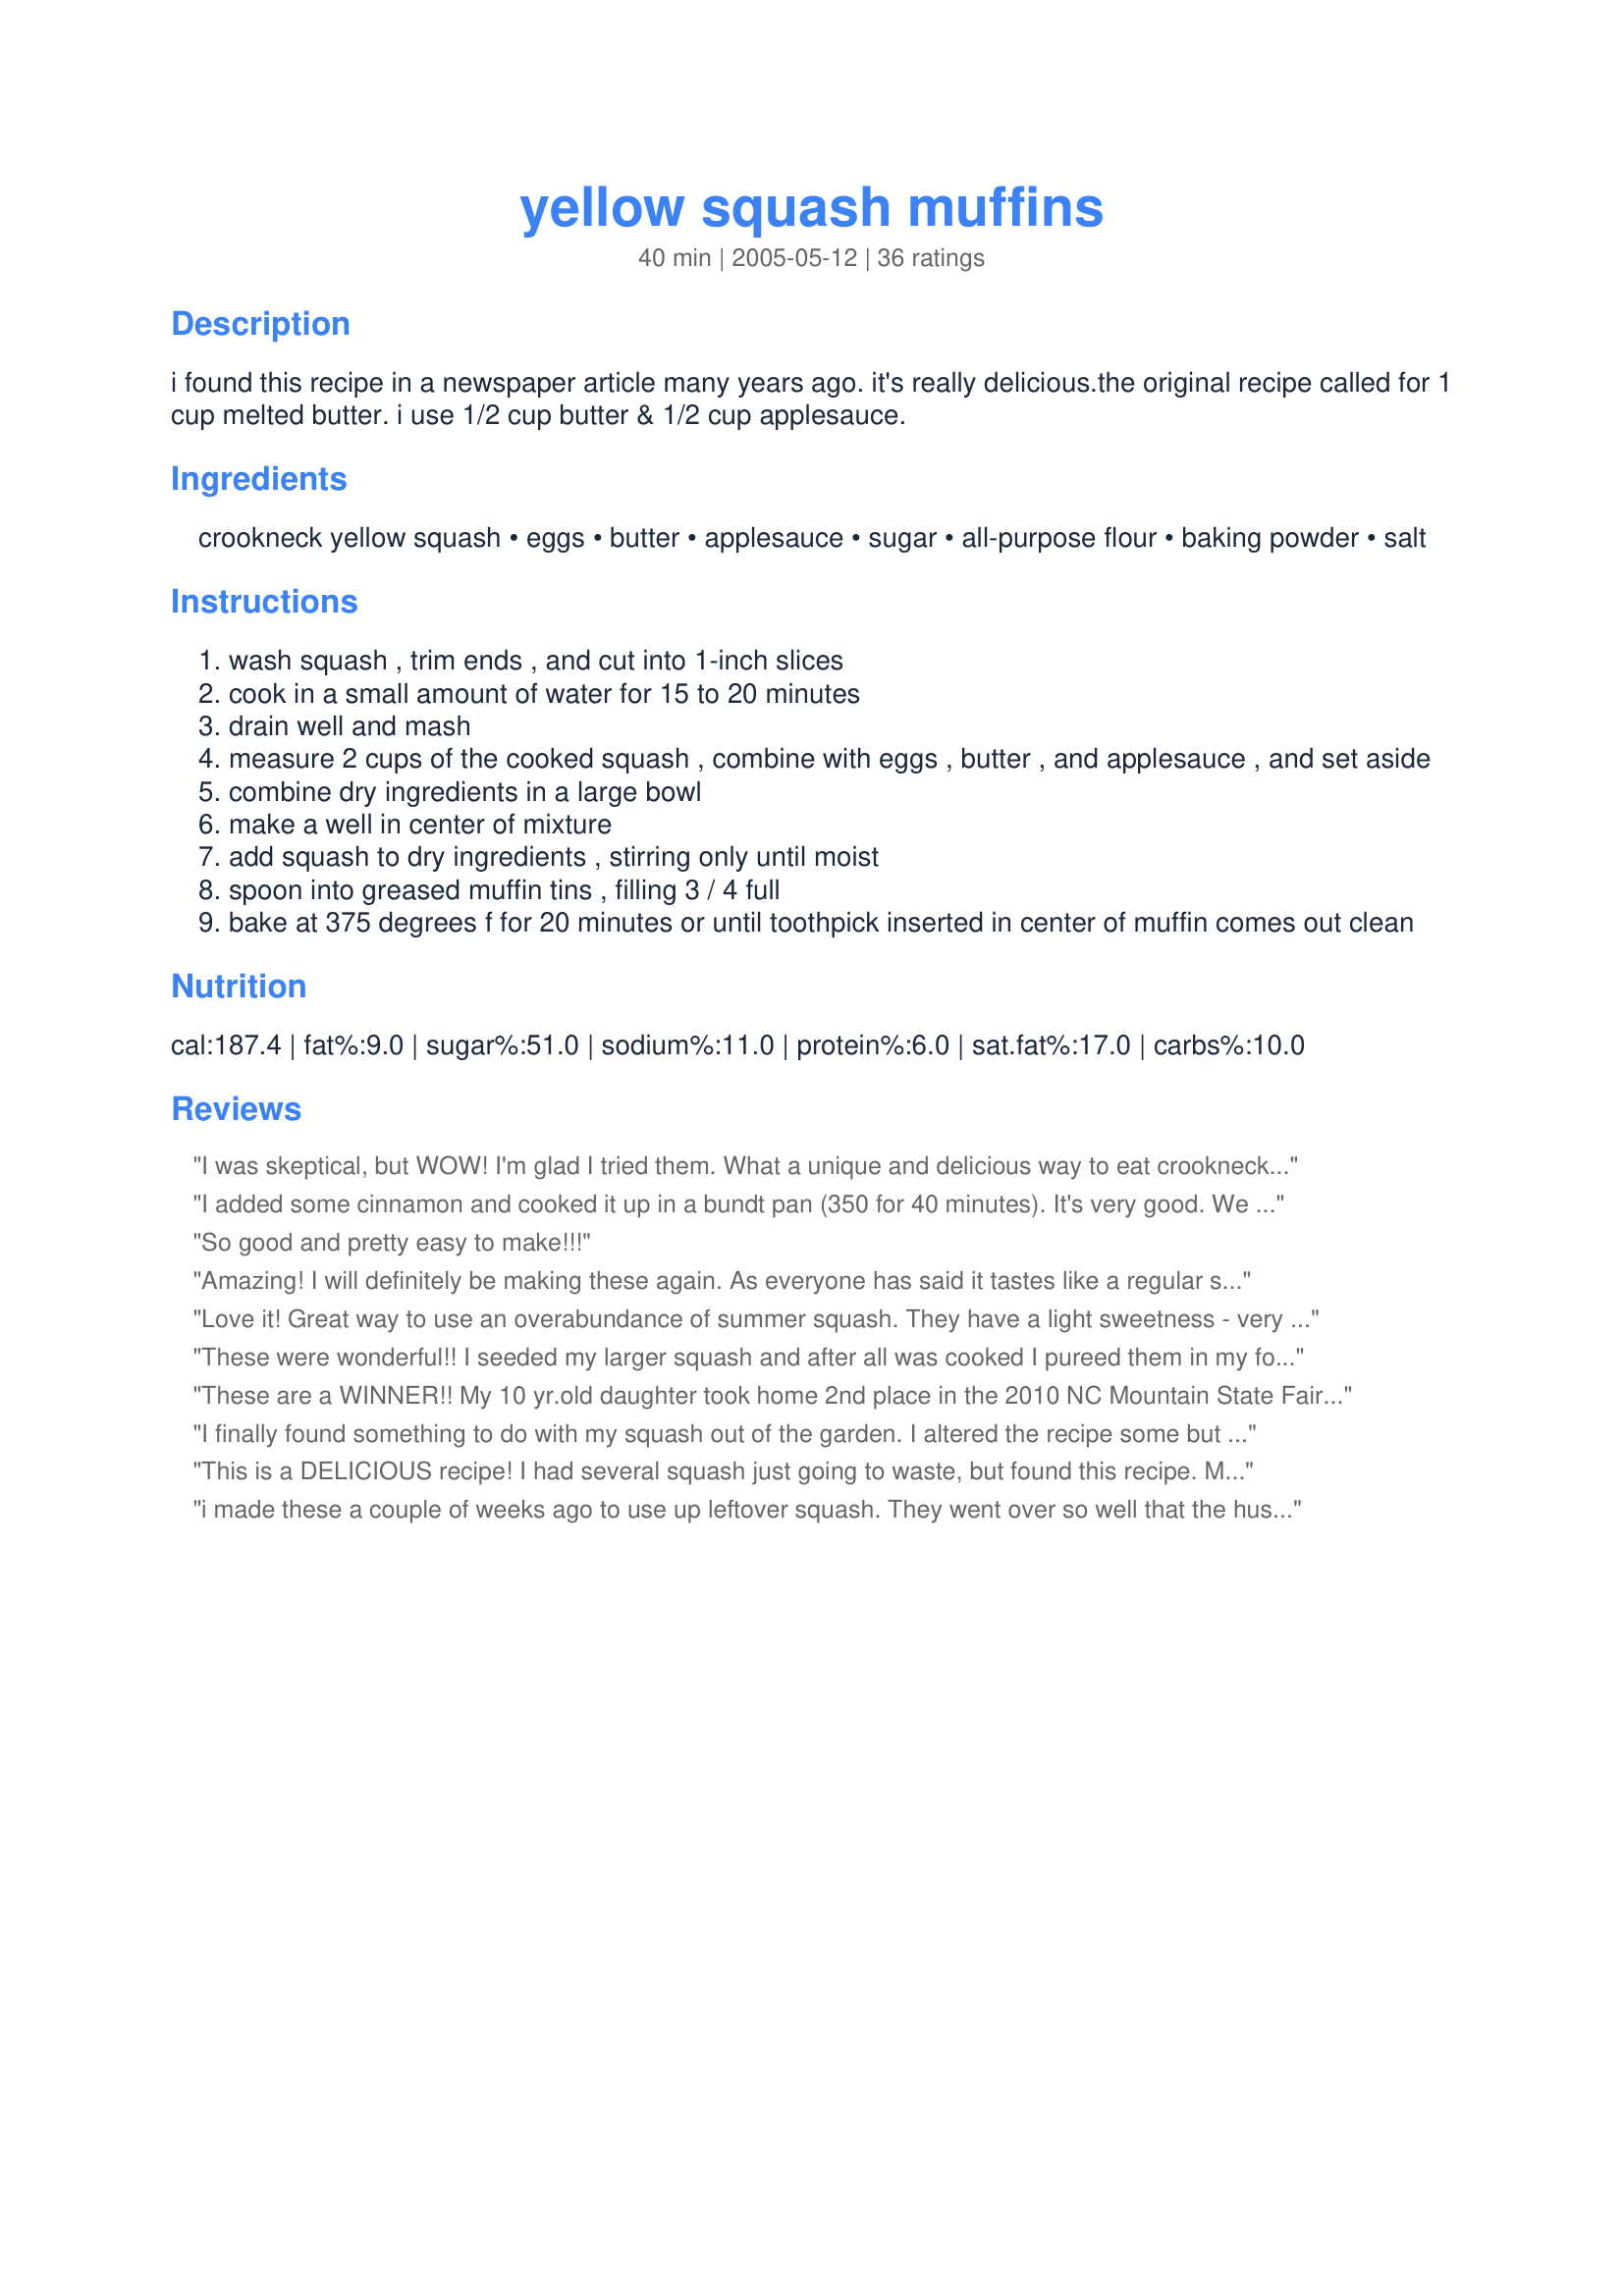
yellow squash muffins
Preparation time: 40 minutes

i found this recipe in a newspaper article many years ago. it's really delicious.the original recipe called for 1 cup melted butter. i use 1/2 cup butter & 1/2 cup applesauce.

Ingredients:
crookneck yellow squash, eggs, butter, applesauce, sugar, all-purpose flour, baking powder, salt

Steps:
wash squash , trim ends , and cut into 1-inch slices
cook in a small amount of water for 15 to 20 minutes
drain well and mash
measure 2 cups of the cooked squash , combine with eggs , butter , and applesauce , and set aside
combine dry ingredients in a large bowl
make a well in center of mixture
add squash to dry ingredients , stirring only until moist
spoon into greased muffin tins , filling 3 / 4 full
bake at 375 degrees f for 20 minutes or until toothpick inserted in center of muffin comes out clean

Reviews:
I was skeptical, but WOW! I'm glad I tried them. What a unique and delicious way to eat crookneck. They are coming out of my ears, but when my DH tried the muffins tonight he said that this was how I should cook ALL my yellow squash. What does THAT tell you? Thanks for a great recipe!
I added some cinnamon and cooked it up in a bundt pan (350 for 40 minutes). It's very good. We will be making this again. I harvested a gigantic squash this morning, which was enough for the entire two cups of cooked, mashed squash the recipe called for. It worked out beautifully.
So good and pretty easy to make!!!
Amazing! I will definitely be making these again. As everyone has said it tastes like a regular sweet muffin. I added to half the batch cinnamon, and the other half I left it as is. I did make 2 changes, I added a quarter cup of sour cream to the mix and used cake flour instead of regular flour. DELISH! Thanks for the recipe!
Love it! Great way to use an overabundance of summer squash. They have a light sweetness - very similar to cornbread. I added about 3/4 cup of flaxseed. My 3-year old now demands them. :)
These were wonderful!!
I seeded my larger squash and after all was cooked I pureed them in my food processor. I will keep this recipe close by. Thank you.
These are a WINNER!! My 10 yr.old daughter took home 2nd place in the 2010 NC Mountain State Fair. She did replace 1/2 the flour with wheat flour. This year we are going to try the substitutions mentioned here. Thanks for a winning recipe!!
I finally found something to do with my squash out of the garden. I altered the recipe some but these came out great. I am trying to cut back on calories so I used egg beaters, light margarine, 1 1/2 cups splenda, and I subsituted 1 cup of flour for whole wheat flour. I then added 1 tsp. vanilla, 3 tsp. cinnamon, and 1/2 teaspoon of nutmeg. These were excellent and my 6 year old loved them.
This is a DELICIOUS recipe! I had several squash just going to waste, but found this recipe. My kids ate 2 at dinner, and I think I did as well. My youngest even said I should bring this as a snack for his Scout den (haha- we said we wouldn't tell the boys that it was good for them!).<br/><br/>Following the recipe, it made 2 dozen regular size muffins and almost 2 dozen mini-muffins! <br/><br/>This one is definitely staying in my cookbook!
i made these a couple of weeks ago to use up leftover squash. They went over so well that the husband just came home with a huge bag of squash. i think he's hinting at something. They are quite delicious. It helps to think of them more like cornbread than muffins. They also work very well reheated in the oven. Thanks for the recipe!
I had to tell my husband to stop eating these because I had made them for our home group the next night. They would have been gone. If I didn't know better, I would have thought they were cornbread, like the other reviewers have said. I will definitely be making these again.
I&#039;d give this recipe 5 stars because it was really simple - and it saved the day when I found myself with two, giant summer squashes and no interest in eating them. I also chopped up the squash in the food processor before mixing with the rest of the ingredients. I did half brown sugar and half honey, instead of the full cup of white sugar. i also did 2/3 all purpose flour and 1/3 organic oat flour. i could see these being delicious with some cinnamon or fruit mixed in - but I honestly don&#039;t think they need it.
Made chocolate muffins by adding 1/2 cup tablespoons cocoa to melted the butter, omitting the applesauce. Told the kids they were "chocolate coconut cupcakes" and they hoovered ate every last crumb!
I made these this afternoon to serve with soup. I was out of apple sauce so I used only butter. The kids loved these muffins! Three year old thought they tasted like fruit snacks! They don't like squash, but loved these muffins! Quick and simple. I may try adding a little vanilla next time but its great as is! Thanx for giving us another use for all the garden squash!
OMG! This derserves 10 stars. These are great. Easy to put together, and just a hint of sweetness.Hubby ate 3 and I inhaled 2. A keeper? You bet your booty!. THANKS for posting.
These are awesome! I wasn't sure I'd like these but they are delicious. I used what I had on hand which was two yellow squash and one zucchini. I also used half brown/white sugar and added a couple splashes vanilla. The muffins turned out moist and sweet. I have been getting an abundance of squash in my share so I looking forward to eating these for breakfast all summer! In the future I might try reducing the sugar and/or substituting honey to make them a bit healthier.
A very tasty and healthy recipe!
These are wonderful muffins... Thanks for sharing the recipe I used 3 cups of white lily self rising flour and omitted adding the salt and baking powder because its already in there they turned out wonderful. Thanks again
I was looking for different ways of using summer squash when I came across this recipe. I'm so glad I found it! These muffins are delicious and so easy to make. They remind me of corn bread or corn muffins but sweeter. My whole family loves them! I eat them cold, warm or toasted with butter. Anyway you eat them, they taste amazing!!!
These are really great. I add in about 1/2 tsp. of vanilla, and use 1/2 cup white sugar and 1/2 cup brown sugar (I ran out of white sugar the first time I made them, and they were such a hit with the brown sugar that's how I've made them ever since!) They also froze well. Thank you for a great new squash recipe!
I guess I was expecting something a little sweeter, because I didn't really care for them. I think these would be okay to eat with stew or soup, but I doubt that I'll make them again.
I love the taste, and so glad to solve of my too-much-squash problem :P<br/>But I did not have everything as the recipe suggests so I made my own modification<br/>Here is the details<br/>http://www.chaisfood.com/2012/08/squash-muffins.html<br/>Basically I cut the whole amount in half.<br/>And next time, I would add a little bit more squash since I am crazy about the creamy taste in the muffin. <br/>In short, very easy to have a good outcome and love it!
These had almost a cornbread flavor, and were really moist and delicious! I've served them with ham and green beans as well as for breakfast. My kids LOVE them...when my 3-year-old sees squash now, she will ask if I'm going to make the muffins. Very easy to make, too!
The flavor of these muffins is only so-so. I think they need some fruit (cranberries, dried apricots?) or spice to add a flavor punch. They taste a little pasty from so much white flour--next time, I will definitely do half whole wheat flour. Also, they have just a bit too much baking powder, in my opinion. I can taste the sharpness in the finished muffin--reminds me a little too much of bisquick (not so good!). Also, a bit too much sugar for my taste--3/4 cup should be enough, and definitely some brown sugar should be subbed in. But, I'm happy to have used up my squash before it got too soft, and surprised how mild the squash flavor turned out to be!
Ok, I had to make these gluten free for my son. They turned out great! For the flour mixture I used 2 cups of brown rice flour, and 1 cup of tapioca starch. I also added a 1/4 tsp of all spice. Great breakfast muffin!
These were very good, similar to a sweet cornmeal muffin. Tweaks: I used the original recipe of 1 cup melted butter instead of 1/2 butter 1/2 applesauce; I used half all-purpose and half whole wheat flour. Made 21 muffins.
What to do with an over abundance of beautiful summer squash from the garden? Make these muffins! I'll admit I was a little freaked out at first, but when I took the first bite my taste buds danced. Kinda reminded me of a corn muffin but softer and more moist. I followed the recipe exactly. Glad the applesauce substitution was made because I have eaten several of these. My kids and husband love them as much as i did.
These were uhmmmmmmm extraordinarly good.. I can't wait for my grandkids to try them... they don't like squash but I won't tell them hehehehe... thanks for a great recipe. I did drain them again after I mashed them... there seemed to be a lot of liquid. They are so easy to make. Thanks again.
These are yummy, and you'd never guess they were made with squash! I tweaked the recipe by substituting butter with oil and apple sauce, and I added cinnamon and chocolate chips. I think the squash kept the muffins moist and gave it a softer texture. I pureed the boiled squash using a food processor. Everyone seemed to enjoy these muffins :)
Holy mother of God!!!!!!! Oh Caramel, these are amazing! Like a ton of others, I had copious amounts of squash in my garden. The only thing I changed was I added some allspice and raisins to the last batch..... oh, and margarine instead of butter. Thank you sooooo much! I would consider buying squash to make these little naughties!
I'll be making these again! These taste just like a regular sweet muffin. Next time I'll add blueberries or maybe diced apples and cinnamin. I did use a stick of light margarine instead of butter without a problem. I wouldn't go out and buy squash in order to make this recipe, but it's a great recipe when you have lots of squash to use up.
WOW! I wasn't sure what to expect so I thought I'd try the 1st dozen muffins just as the recipe is then add other spices if I didn't like them. I ended up making them all this original recipe.
These a sweet like a sweet cornbread (without the grainy texture) not super sweet like a cake muffin.
I was a little confused on the measurements for the squash though, 1 spot calles for 2 pounds & another spot calls for 2 cups. I used 2 cups but they only weighed just over 1/2 pound each. These turned out great regardless.
Thanks for posting this recipe.
I just made these muffins and my DH liked them a lot. I thought that they were tasty and moist. I sprayed my Texas size muffin pans with Pam and followed the instructions as written. Because they were the larger size, I baked them an extra 6 minutes (I probably should have baked them a total of 10 minutes longer). They came out lightly browned and quite moist. The toothpick tested fine. I would definitely make these again, especially when I have an over-supply of yellow squash. Thanks for posting this recipe, CaramelPie.
Great muffin, almost like a cornbread muffin, but softer in texture. Followed the recipe exactly, had company for dinner that ate 3, took 2 home and asked for the recipe! 3 year old loved them, so that makes them a winner in my book. I love recipes that you can add in healthy things, like squash, and have everyone enjoy them. Great way to use squash if you have it. Will make again.
For reals? This recipe is a cross between a soft buttered biscuit and cornbread: Perfect comfort food! I subbed half the flour with white whole wheat flour and 1/2 the sugar with Splenda. An incredible recipe... one I actually might go out and BUY squash for next time. Thank you!
Everybody in the family loved these and couldn't even tell they had squash in them. Used 1/2 cup of canola oil instead of butter to make them a little more heart healthy.
